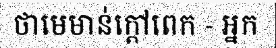
ថាមេមាន់ក្តៅពេក - អ្នក